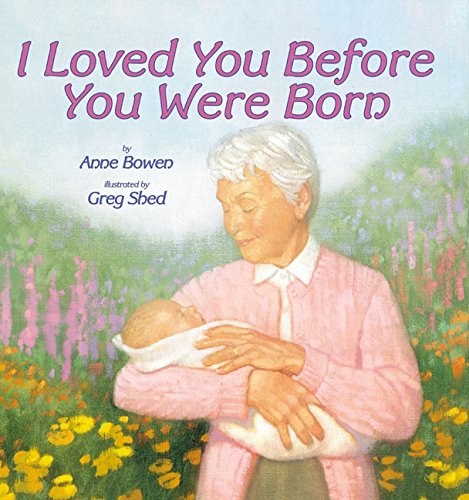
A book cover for I Loved You Before You Were Born; Anne Bowen; Children's Books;